Scottish Leaving Certificate Examination, 1955
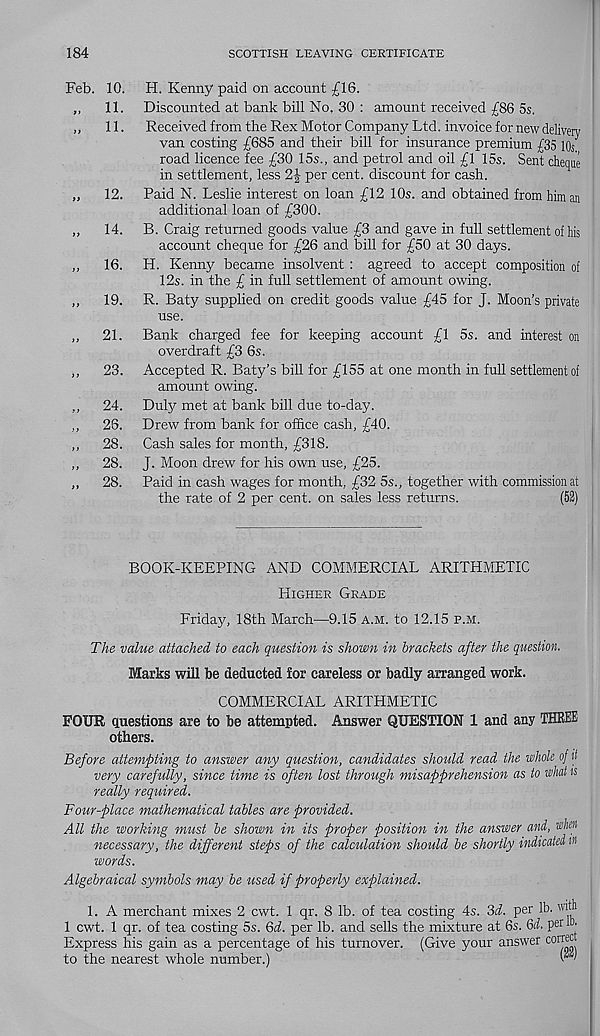
184
SCOTTISH LEAVING CERTIFICATE
Feb. 10. H. Kenny paid on account £16.
„
11. Discounted at bank bill No. 30 : amount received £86 5s.
,,
11. Received from the Rex Motor Company Ltd. invoice for new delivery
van costing £685 and their bill for insurance premium £35 io s .
road licence fee £30 15s., and petrol and oil £1 15s. Sent cheque
in settlement, less 2| per cent, discount for cash.
„
12. Paid N. Leslie interest on loan £12 10s. and obtained from him an
additional loan of £300.
„
14. B. Craig returned goods value £3 and gave in full settlement of his
account cheque for £26 and bill for £50 at 30 days.
„
16. H. Kenny became insolvent : agreed to accept composition of
12s. in the £ in full settlement of amount owing.
„
19. R. Baty supplied on credit goods value £45 for J. Moon’s private
use.
„ 21. Bank charged fee for keeping account £1 5s. and interest on
overdraft £3 6s.
,, 23. Accepted R. Baty’s bill for £155 at one month in full settlement of
amount owing.
,, 24. Duly met at bank bill due to-day.
,, 26. Drew from bank for office cash, £40.
„ 28. Cash sales for month, £318.
,, 28. J. Moon drew for his own use, £25.
„ 28. Paid in cash wages for month, £32 5s., together with commission at
the rate of 2 per cent, on sales less returns.
(52)
BOOK-KEEPING AND COMMERCIAL ARITHMETIC
Higher Grade
Friday, 18th March—9.15 a.m. to 12.15 p.m.
The value attached to each question is shown in brachets after the question.
Marks will be deducted for careless or badly arranged work.
COMMERCIAL ARITHMETIC
FOUR questions are to be attempted. Answer QUESTION 1 and any THREE
others.
Before attempting to answer any question, candidates should read the whole of it
very carefully, since time is often lost through misapprehension as to what is
really required.
Four-place mathematical tables are provided.
All the working must be shown in its proper position in the answer and, wheii
necessary, the different steps of the calculation should be shortly indicated tti
words.
Algebraical symbols may be used if properly explained.
1. A merchant mixes 2 cwt. 1 qr. 8 lb. of tea costing 4s. 3d. per lb. "M 1
1 cwt. 1 qr. of tea costing 5s. Qd. per lb. and sells the mixture at 6s. 5d. pei ^
Express his gain as a percentage of his turnover. (Give your answer con^c
to the nearest whole number.)